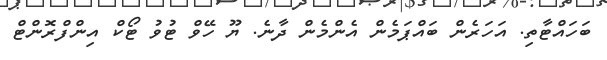
ބަހައްޓާތި. އަހަރެން ބައްޕަމެން އެންމެން ދާނެ. ޔޫ ހޭވް ޓުވު ޓޯކް އިންފްރޮންޓް